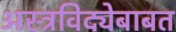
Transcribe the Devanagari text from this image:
अस्त्रविद्येबाबत